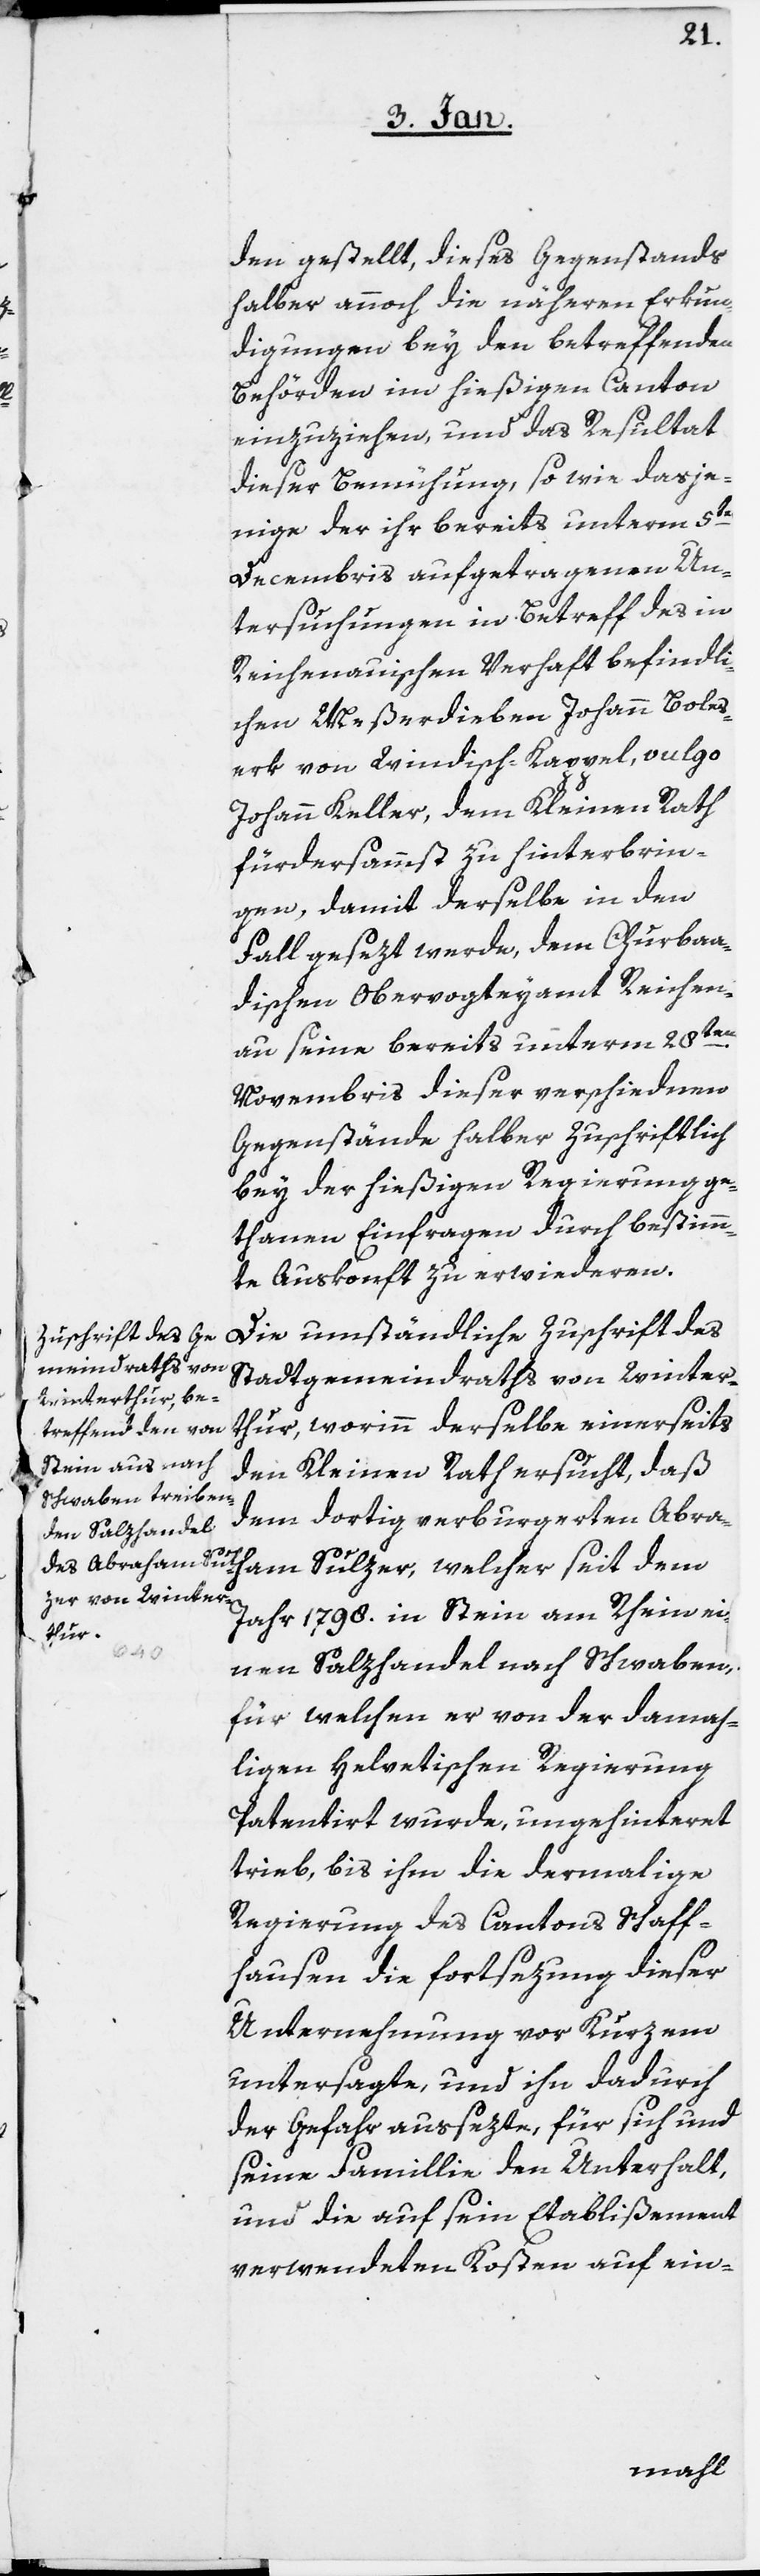
den gestellt, dieses Gegenstands
halber annoch die näheren Erkun¬
digungen bey den betreffenden
Behörden im hießigen Canton
einzuziehen, und das Resultat
dieser Bemühung, so wie dasje¬
nige der ihr bereits unterm 5ten
Decembris aufgetragenen Un¬
tersuchungen in Betreff des in
Reichenauischen Verhaft befindli¬
chen Meßerdieben Johann Boles¬
erk von Windisch-Kappel, vulgo
Johann Keller, dem Kleinen Rath
fürdersammst zu hinterbrin¬
gen, damit derselbe in den
Fall gesezt werde, dem Churbaa¬
dischen Obervogteyamt Reichen¬
au seine bereits unterm 28sten
Novembris dieser verschiedenen
Gegenstände halber zuschriftlich
bey der hießigen Regierung ge¬
thanen Einfragen durch bestimm¬
te Auskonft zu erwideren.
Die umständliche Zuschrift des
Stadtgemeindraths von Winter¬
thur, worinn derselbe einerseits
den Kleinen Rath ersucht, daß
dem dortig verburgerten Abra¬
ham Sulzer, welcher seit dem
Jahr 1798. in Stein am Rhein ei¬
nen Salzhandel nach Schwaben,
für welchen er von der damah¬
ligen Helvetischen Regierung
Patentiert wurde, ungehinteret
trieb, bis ihm die dermalige
Regierung des Cantons Schaff¬
hausen die fortsezung dieser
Unternehmung vor Kurzem
untersagte, und ihn dadurch
der Gefahr aussezte, für sich und
seine Famillie den Unterhalt,
und die auf sein Etablißement
verwendeten Kosten auf ein-